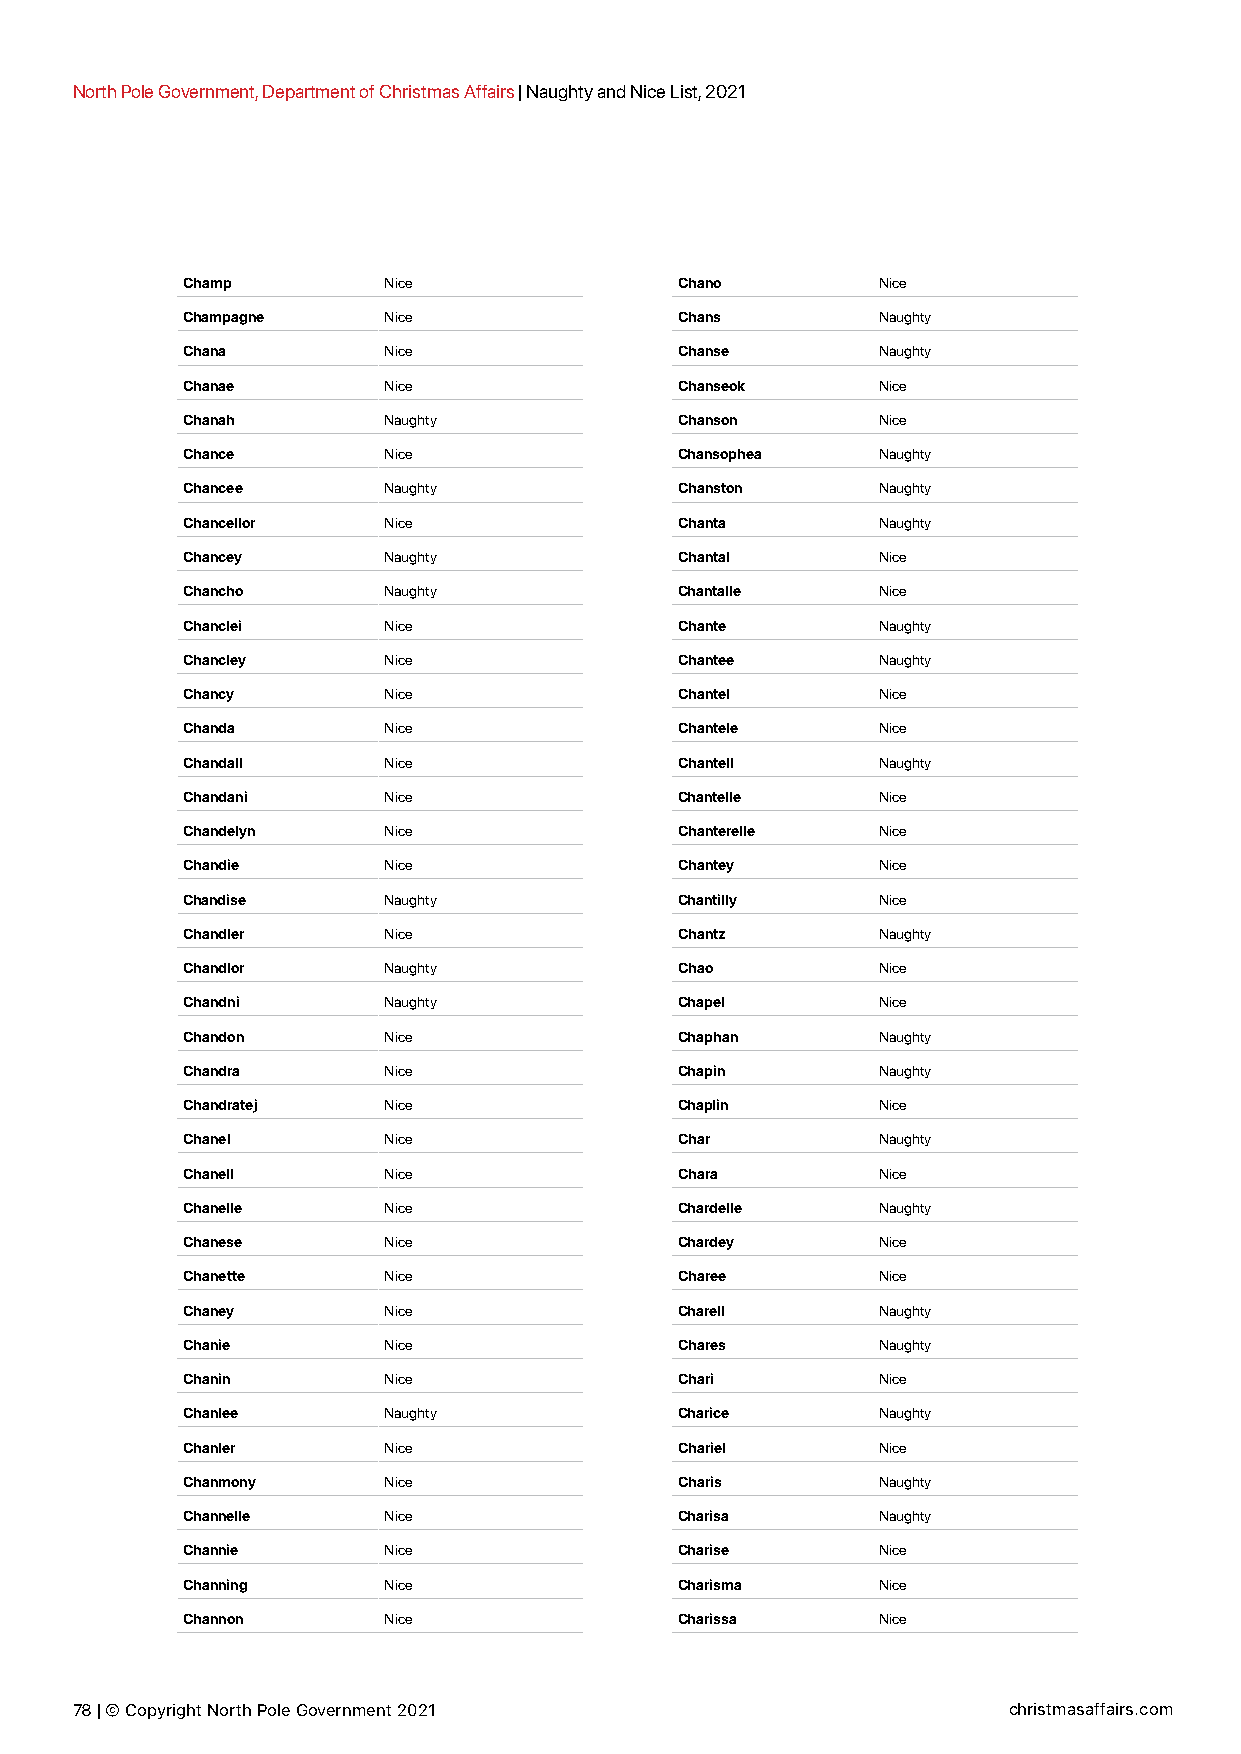
North Pole Government, Department of Christmas Affairs | Naughty and Nice List, 2021
 Champ        Nice                Chano        Nice
 Champagne    Nice                Chans        Naughty
 Chana        Nice                Chanse       Naughty
 Chanae       Nice                Chanseok     Nice
 Chanah       Naughty             Chanson      Nice
 Chance       Nice                Chansophea   Naughty
 Chancee      Naughty             Chanston     Naughty
 Chancellor   Nice                Chanta       Naughty
 Chancey      Naughty             Chantal      Nice
 Chancho      Naughty             Chantalle    Nice
 Chanclei     Nice                Chante       Naughty
 Chancley     Nice                Chantee      Naughty
 Chancy       Nice                Chantel      Nice
 Chanda       Nice                Chantele     Nice
 Chandall     Nice                Chantell     Naughty
 Chandani     Nice                Chantelle    Nice
 Chandelyn    Nice                Chanterelle  Nice
 Chandie      Nice                Chantey      Nice
 Chandise     Naughty             Chantilly    Nice
 Chandler     Nice                Chantz       Naughty
 Chandlor     Naughty             Chao         Nice
 Chandni      Naughty             Chapel       Nice
 Chandon      Nice                Chaphan      Naughty
 Chandra      Nice                Chapin       Naughty
 Chandratej   Nice                Chaplin      Nice
 Chanel       Nice                Char         Naughty
 Chanell      Nice                Chara        Nice
 Chanelle     Nice                Chardelle    Naughty
 Chanese      Nice                Chardey      Nice
 Chanette     Nice                Charee       Nice
 Chaney       Nice                Charell      Naughty
 Chanie       Nice                Chares       Naughty
 Chanin       Nice                Chari        Nice
 Chanlee      Naughty             Charice      Naughty
 Chanler      Nice                Chariel      Nice
 Chanmony     Nice                Charis       Naughty
 Channelle    Nice                Charisa      Naughty
 Channie      Nice                Charise      Nice
 Channing     Nice                Charisma     Nice
 Channon      Nice                Charissa     Nice
 78 | © Copyright North Pole Government 2021                   christmasaffairs.com